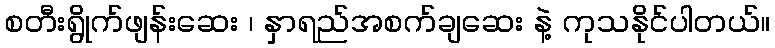
စတီးရွိုက်ဖျန်းဆေး ၊ နှာရည်အစက်ချဆေး နဲ့ ကုသနိုင်ပါတယ်။